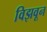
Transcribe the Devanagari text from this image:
विझवून